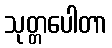
သုတ္တပေါတာ